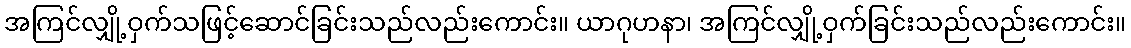
အကြင်လျှို့ဝှက်သဖြင့်ဆောင်ခြင်းသည်လည်းကောင်း။ ယာဂုဟနာ၊ အကြင်လျှို့ဝှက်ခြင်းသည်လည်းကောင်း။